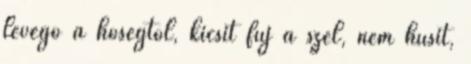
levegő a hőségtől, kicsit fúj a szél, nem hűsít,